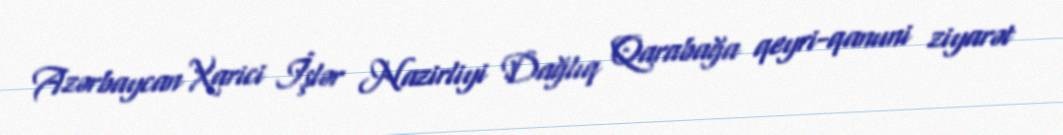
Azərbaycan Xarici İşlər Nazirliyi Dağlıq Qarabağa qeyri-qanuni ziyarət